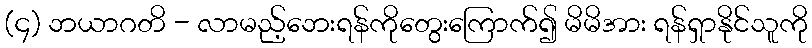
(၄) ဘယာဂတိ - လာမည့်ဘေးရန်ကိုတွေးကြောက်၍ မိမိအား ရန်ရှာနိုင်သူကို